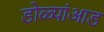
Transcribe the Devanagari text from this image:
डोळ्यांआड